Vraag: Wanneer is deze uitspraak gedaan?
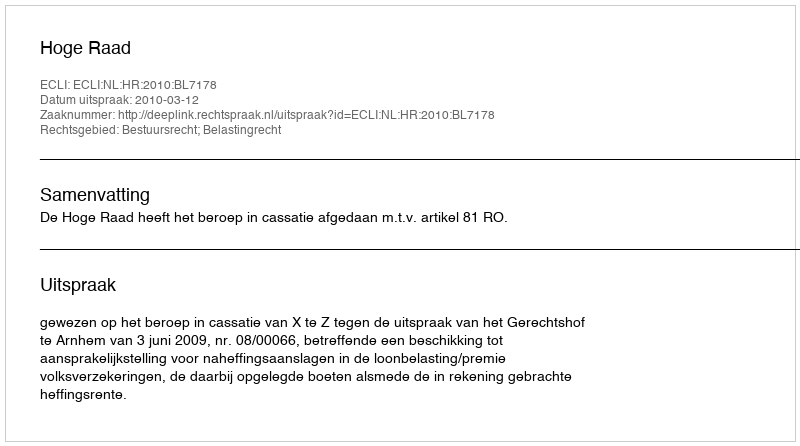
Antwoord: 2010-03-12